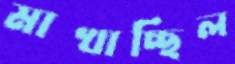
মাখাচ্ছিল